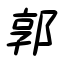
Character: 郭